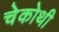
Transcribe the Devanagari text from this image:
चेकोथी